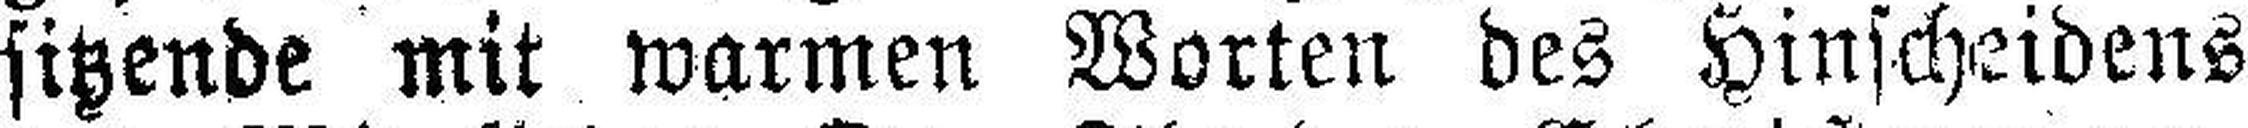
sitzende mit warmen Worten des Hinscheidens